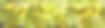
পড়াস